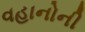
વહાનોની